Report on the working of the Ranchi Indian Mental Hospital, Kanke, in Bihar and Orissa - 1930-1940
Year: 1930
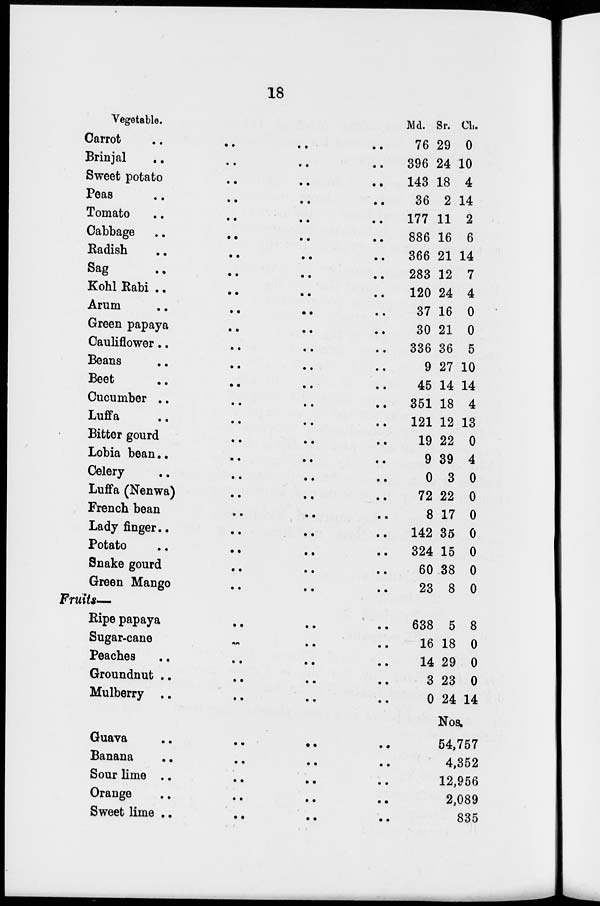
18
Vegetable.
Carrot .. .. .. ..
Brinjal .. .. .. ..
Sweet potato .. .. ..
Peas
..
..
..
..
Tomato
..
..
..
..
Cabbage
.. .. .. ..
Radish .. .. .. ..
Sag .. .. .. ..
Kohl Rabi .. .. .. ..
Arum
.. .. .. ..
Green papaya .. .. ..
Cauliflower .. .. .. ..
Beans .. .. .. ..
Beet .. .. .. ..
Cucumber .. .. .. ..
Luffa .. .. .. ..
Bitter gourd .. .. ..
Lobia bean .. .. .. ..
Celery .. .. .. ..
Luffa (Nenwa) .. .. ..
French bean .. .. ..
Lady
finger
..
..
..
Potato .. .. .. ..
Snake gourd .. .. ..
Green Mango .. .. ..
Md.
76
396
143
36
177
886
366
283
120
37
30
336
9
45
351
121
19
9
0
72
8
142
324
60
23
Sr.
29
24
18
2
11
16
21
12
24
16
21
36
27
14
18
12
22
39
3
22
17
35
15
38
8
Ch.
0
10
4
14
2
6
14
7
4
0
0
5
10
14
4
13
0
4
0
0
0
0
0
0
0
Fruits—
Ripe papaya
..
..
..
Sugar-cane .. .. ..
Peaches .. .. .. ..
Groundnut .. .. .. ..
Mulberry .. .. .. ..
Guava .. .. .. ..
Banana .. .. .. ..
Sour lime .. .. .. ..
Orange .. .. .. ..
Sweet lime
..
..
..
..
638
16
14
3
0
5
18
29
23
24
8
0
0
0
14
Nos.
54,757
4,352
12,956
2,089
835